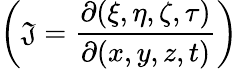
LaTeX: \bigg(\mathfrak{J}=\frac{{\partial(\xi,\eta,\zeta,\tau)}}{{\partial(x,y,z,t)}}\bigg)